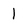
Character: 1